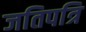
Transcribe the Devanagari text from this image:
जतिपत्रि